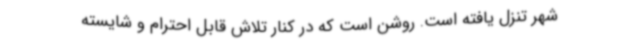
شهر تنزل یافته است. روشن است که در کنار تلاش قابل احترام و شایسته